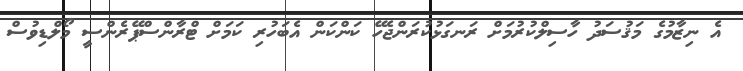
އެ ނިޒާމުގެ މަޤުސަދު ހާސިލްކުރުމަށް ރަނގަޅުކުރަންޖެހޭ ކަންކަން އެބަހުރި ކަމަށް ޓްރާންސްޕޭރެންސީ މޯލްޑިވުސް